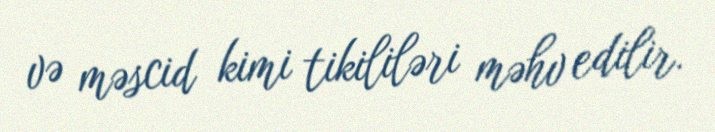
və məscid kimi tikililəri məhv edilir.